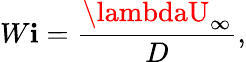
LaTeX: W\mathbf{i}=\frac{{\lambdaU_{\infty}}}{{D}},